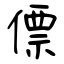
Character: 僄